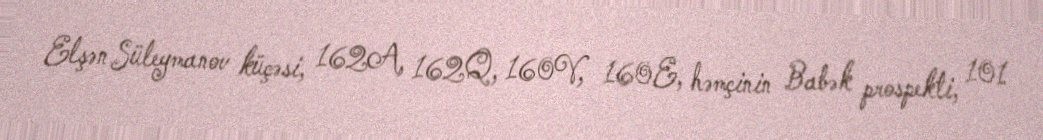
Elşən Süleymanov küçəsi, 162A, 162Q, 160V, 160E, həmçinin Babək prospekti, 101